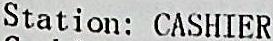
STATION: CASHIER